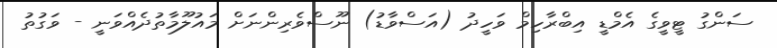
ސަންގު ޓީވީގެ އެމްޑީ އިބްރާހިމް ވަހީދު (އަސްވާޑު) ނޫސްވެރިންނަށް މައުލޫމާތުދެއްވަނީ - ވަގުތު